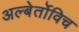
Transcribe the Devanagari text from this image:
अल्बेर्तोविच